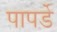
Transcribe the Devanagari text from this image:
पापर्डे